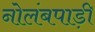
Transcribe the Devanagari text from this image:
नोलंबपाड़ी